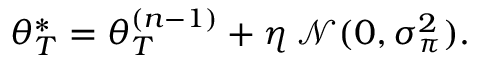
\begin{array} { r } { \boldsymbol { \theta _ { T } ^ { * } } = \boldsymbol { \theta _ { T } ^ { ( n - 1 ) } } + \eta \: \mathcal { N } ( 0 , \sigma _ { \pi } ^ { 2 } ) . } \end{array}